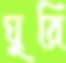
ঘুরি